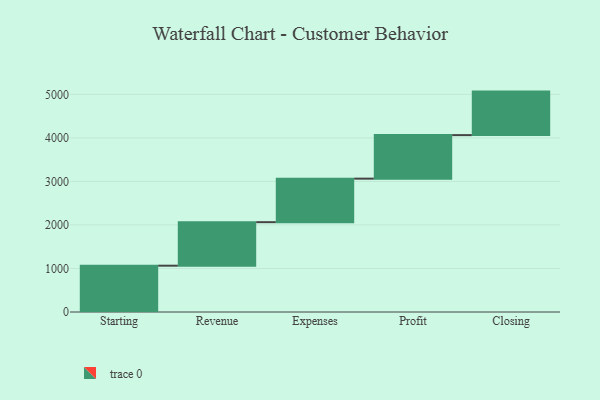
{"axis": {"x": "Step", "y": "Value"}, "legend": [""], "data": [{"x": "Starting", "y": 1064.0, "type": ""}, {"x": "Revenue", "y": 1000, "type": ""}, {"x": "Expenses", "y": 1000, "type": ""}, {"x": "Profit", "y": 1000, "type": ""}, {"x": "Closing", "y": 1000, "type": ""}]}